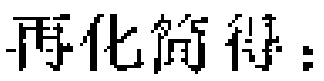
再化简得：